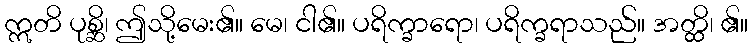
ဣတိ ပုစ္ဆိ၊ ဤသို့မေး၏။ မေ၊ ငါ၏။ ပရိက္ခာရော၊ ပရိက္ခရာသည်။ အတ္ထိ၊ ၏။